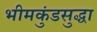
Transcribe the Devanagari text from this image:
भीमकुंडसुद्धा